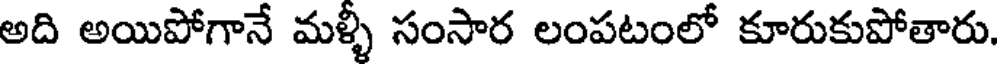
అది అయిపోగానే మళ్ళీ సంసార లంపటంలో కూరుకుపోతారు.